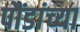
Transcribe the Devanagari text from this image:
पौंडांच्या